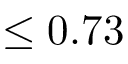
\leq 0 . 7 3